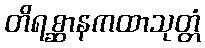
တိရစ္ဆာနကထာသုတ္တံ